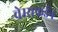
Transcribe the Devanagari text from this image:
चेम्सफर्डने